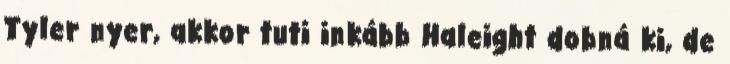
Tyler nyer, akkor tuti inkább Haleight dobná ki, de